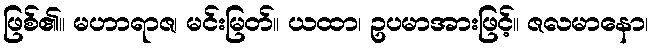
ဖြစ်၏။ မဟာရာဇ၊ မင်းမြတ်။ ယထာ၊ ဥပမာအားဖြင့်။ ဇလမာနော၊